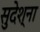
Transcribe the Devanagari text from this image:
सुदेश्ना